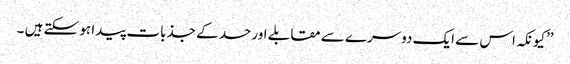
’’کیونکہ اس سے ایک دوسرے سے مقابلے اور حسد کے جذبات پیدا ہو سکتے ہیں ۔